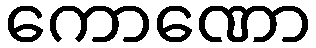
ကောဏော